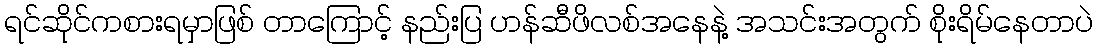
ရင်ဆိုင်ကစားရမှာဖြစ် တာကြောင့် နည်းပြ ဟန်ဆီဖိလစ်အနေနဲ့ အသင်းအတွက် စိုးရိမ်နေတာပဲ